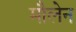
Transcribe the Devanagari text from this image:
मौलेन